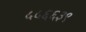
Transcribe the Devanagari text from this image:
५५६६३९